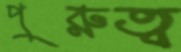
পুরুত্ব